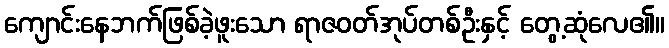
ကျောင်းနေဘက်ဖြစ်ခဲ့ဖူးသော ရာဇဝတ်အုပ်တစ်ဦးနှင့် တွေ့ဆုံလေ၏။